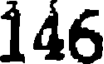
146